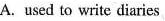
A.used to write diaries